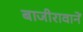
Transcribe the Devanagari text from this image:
बाजीरावानें